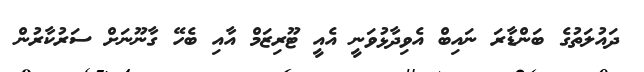
ދައުލަތުގެ ބަންޑާރަ ނައިބް އެވިދާޅުވަނީ އެއީ ޓޫރިޒަމް އާއި ބެހޭ ގާނޫނަށް ސަރުކާރުން